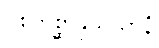
ဝိစိကိစ္ဆာနုသယာနံ